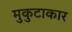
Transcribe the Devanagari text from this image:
मुकुटाकार